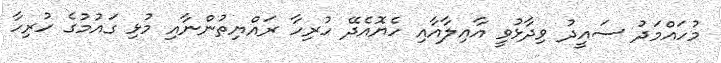
މުހައްމަދު ސައީދު ވިދާޅުވީ އާއިލާއާއި ހެޔޮއެދޭ ހުރިހާ ރައްޔިތުންނާއި މުޅި ގައުމުގެ ހުރިހާ